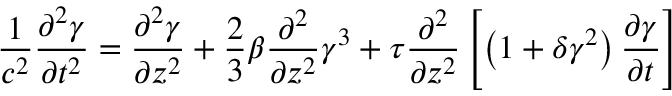
\frac { 1 } { c ^ { 2 } } \frac { \partial ^ { 2 } \gamma } { \partial t ^ { 2 } } = \frac { \partial ^ { 2 } \gamma } { \partial z ^ { 2 } } + \frac 2 3 \beta \frac { \partial ^ { 2 } } { \partial z ^ { 2 } } \gamma ^ { 3 } + \tau \frac { \partial ^ { 2 } } { \partial z ^ { 2 } } \left[ \left( 1 + \delta \gamma ^ { 2 } \right) \frac { \partial \gamma } { \partial t } \right]